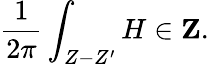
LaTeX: {\frac{1}{2\pi}}\int_{Z-Z^{\prime}}H\in{\mathbf Z}.